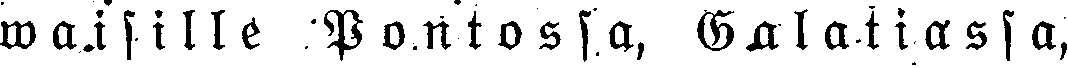
waisille POntossa, Galatiassa,